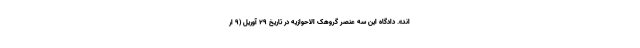
‌اند». دادگاه این سه عنصر گروهک الاحوازیه در تاریخ ۲۹ آوریل (۹ ار